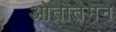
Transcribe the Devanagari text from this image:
ओतोतेमन